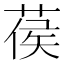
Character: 葔